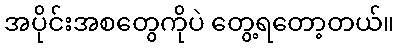
အပိုင်းအစတွေကိုပဲ တွေ့ရတော့တယ်။